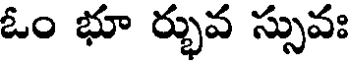
ఓం భూ ర్భువ స్సువః